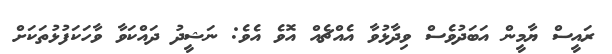
ރައީސް ޔާމީން އަބަދުވެސް ވިދާޅުވާ އެއްޗެއް އޮވެ އެވެ: ނަޝީދު ދައްކަވާ ވާހަކަފުޅުތަކަށް